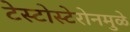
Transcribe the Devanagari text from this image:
टेस्टोस्टेरोनमुळे